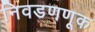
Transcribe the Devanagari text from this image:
निवडणणूक